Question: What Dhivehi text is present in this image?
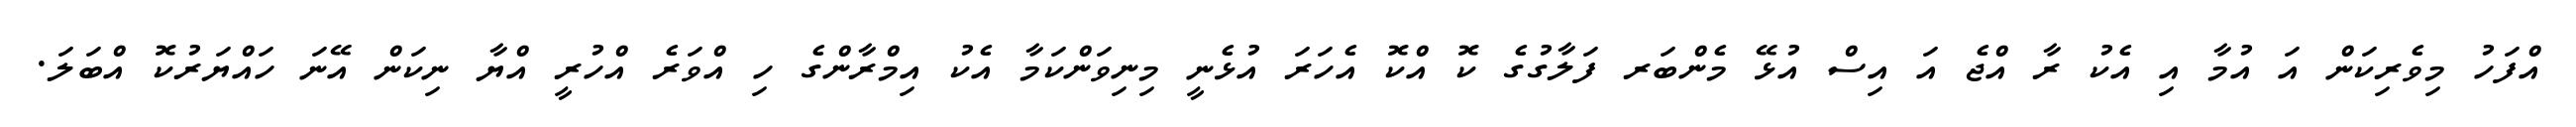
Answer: އްފަހު މިވެރިކަން އަ އުމާ އި އެކު ރާ އްޖެ އަ އިސް އުޅޭ މެންބަރ ފަލާގުގެ ކޮ އްކޮ އެހަރަ އުޅެނީ މިނިވަންކަމާ އެކު އިމްރާންގެ ހި އްވަރެ އްހުރީ އްޔާ ނިކަން އޭނަ ހައްޔަރުކޮ އްބަލަ.